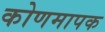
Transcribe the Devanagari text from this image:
कोणमापक